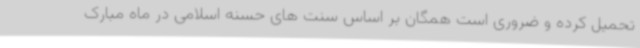
تحمیل کرده و ضروری است همگان بر اساس سنت های حسنه اسلامی در ماه مبارک